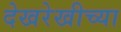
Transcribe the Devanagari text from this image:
देखरेखीच्या